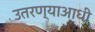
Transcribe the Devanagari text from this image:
उतरण्याआधी